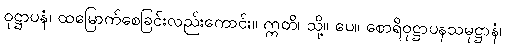
ဝုဋ္ဌာပနံ၊ ထမြောက်စေခြင်းလည်းကောင်း။ ဣတိ၊ သို့။ ပေ။ စောရိဝုဋ္ဌာပနသမုဋ္ဌာနံ၊